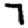
Digit: 7